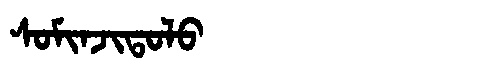
Manchu: ᠰᠣᠮᡳᠨᠵᡳᡨᠣᠯᠣ
Romanization: SOMINJITOLO